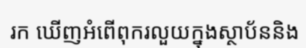
រក ឃើញអំពើពុករលួយក្នុងស្ថាប័ននិង